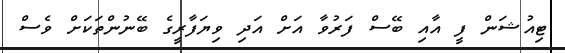
ޓިއުޝަން ފީ އާއި ބޭސް ފަރުވާ އަށް އަދި ވިޔަފާރީގެ ބޭނުންތަަކަށް ވެސް